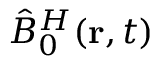
\hat { B } _ { 0 } ^ { H } ( { \bf r } , t )